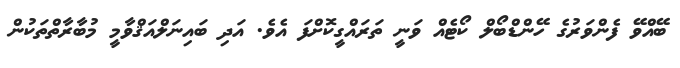
ބޭއްވޭ ފެންވަރުގެ ހޭންޑްބޯލް ކޯޓެއް ވަނީ ތަރައްގީކޮށްފަ އެވެ. އަދި ބައިނަލްއަޤްވާމީ މުބާރާތްތަކުން